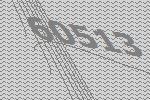
60513